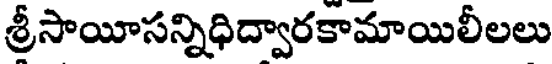
శ్రీసాయీసన్నిధిద్వారకామాయిలీలలు